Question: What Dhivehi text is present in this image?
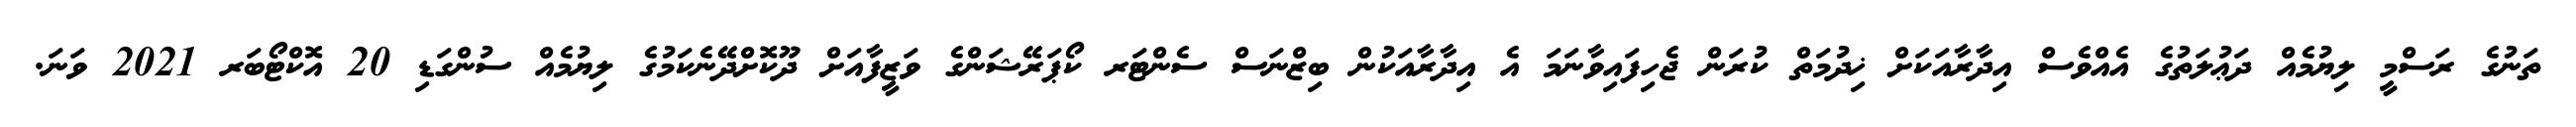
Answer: ތަނުގެ ރަސްމީ ލިޔުމެއް ދަޢުލަތުގެ އެއްވެސް އިދާރާއަކަށް ޚިދުމަތް ކުރަން ޖެހިފައިވާނަމަ އެ އިދާރާއަކުން ބިޒްނަސް ސެންޓަރ ކޯޕަރޭޝަންގެ ވަޒީފާއަށް ދޫކޮށްދޭނެކަމުގެ ލިޔުމެއް ސުންގަޑި 20 އޮކްޓޯބަރ 2021 ވަނަ.